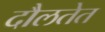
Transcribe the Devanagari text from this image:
दौलतेत